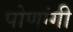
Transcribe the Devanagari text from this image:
पोणांगी